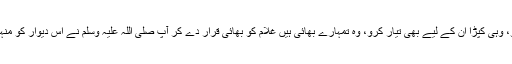
جو خود کھاؤ، وہی ان کو بھی کھلاؤ، جیسا کپڑا خود استعمال کرو، وہی کپڑا ان کے لیے بھی تیار کرو، وہ تمہارے بھائی ہیں غلام کو بھائی قرار دے کر آپ صلی اللہ علیہ وسلم نے اس دیوار کو منہدم فرمایا جو حاکم اور محکوم کے درمیان کھڑی کردی گئی تھی۔